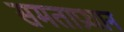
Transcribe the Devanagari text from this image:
समताप्रधान